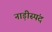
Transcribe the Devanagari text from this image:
नाड़ीस्पंद